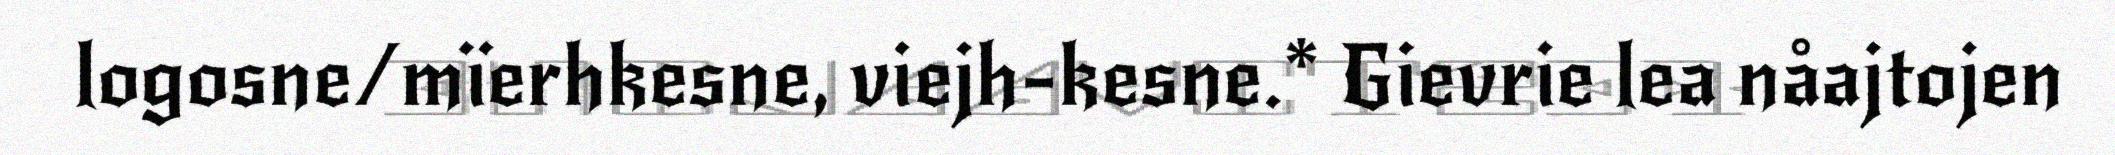
logosne/mïerhkesne, viejh-kesne.* Gievrie lea nåajtojen